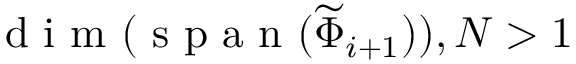
\mathrm { ~ d ~ i ~ m ~ } ( \mathrm { ~ s ~ p ~ a ~ n ~ } ( \widetilde { \Phi } _ { i + 1 } ) ) , N > 1